Elephants and their diseases
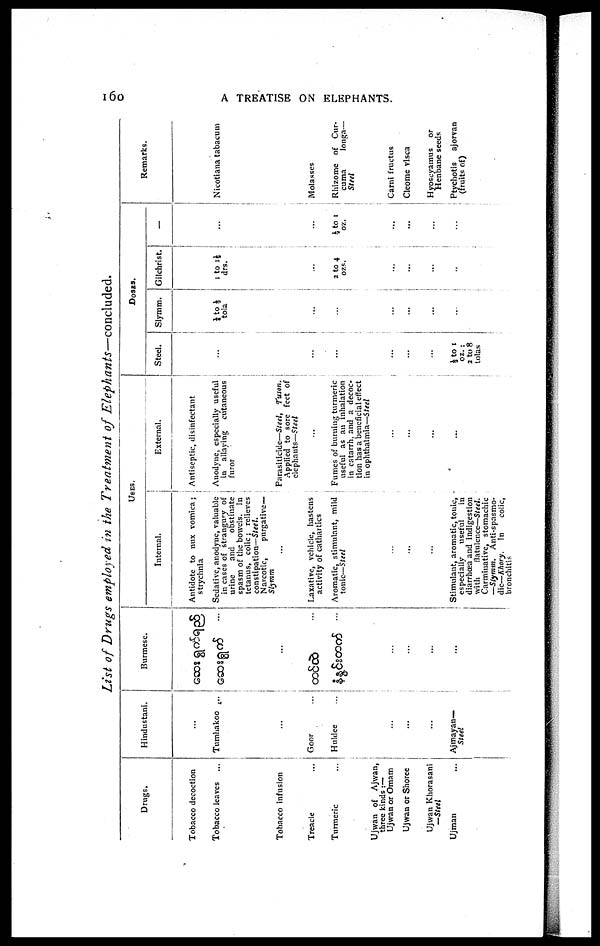
l60
A TREATISE ON ELEPHANTS.
List of Drugs employed in the Treatment of Elephants—concluded.
Drugs.
Tobacco decoction
Tobacco leaves ...
Tobacco infusion
Treacle
Turmeric
Ujwan of Ajwan,
three kinds :—
Ujwan or Omam
Ujwan or Shoree
Ujwan Khorasani
—Steel
Ujman
Hindustani.
...
Tumhakoo ....
...
Goor
Huldee
...
...
...
Ajmayan—
Steel
Burmese.
...
USES.
Internal.
Antidote to nux vomica;
strychnia
Sedative, anodyne, valuable
in cases of strangury of
urine
and
obstinate
spasm of the bowels. In
tetanus, colic; relieves
constipation—Steel.
Narcotic,
purgative—
Slymm
...
Laxative, vehicle, hastens
activity of cathartics
Aromatic, stimulant, mild
tonic—Steel
...
...
...
Stimulant, aromatic, tonic,
especially
useful
in
diarrhoea and indigestion
with
flatulence—Steel.
Carminative, stomachic
—Slymm. Anti-spasmo-
dic—Khory. In
colic,
bronchitis
External.
Antiseptic, disinfectant
Anodyne, especially useful
in allaying cutaneous
furor
Parasiticide—Steel, T'uson.
Applied to sore feet of
elephants—Steel
...
Fumes of burning turmeric
useful as an inhalation
in catarrh, and a decoc-
tion has a beneficial effect
in ophthalmia—Steel
...
...
...
....
DOSES.
Steel.
....
...
...
...
...
½ to 1
oz. ;
2 to 8
tolas
Slymm.
½ to½
tola
...
...
...
...
...
Gilchrist.
1 to 1½
drs.
...
2 to 4
ozs.
...
...
...
...
-
...
...
½ to 1
oz.
...
...
...
...
Remarks.
Nicotiana tabacum
Molasses
Rhizome of Cur¬
cuma
longa—
Steel
Carni fructus
Cleome visca
Hyoscyamus or
Henbane seeds
Ptychotis ajorvan
(fruits of)